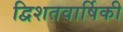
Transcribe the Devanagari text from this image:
द्विशतवार्षिकी